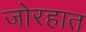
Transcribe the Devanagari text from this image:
जोरहात